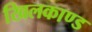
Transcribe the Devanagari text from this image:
खिलकाण्ड